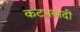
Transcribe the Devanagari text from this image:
कटपयादी